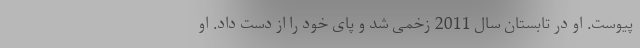
پیوست. او در تابستان سال 2011 زخمی شد و پای خود را از دست داد. او